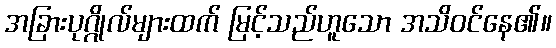
အခြားပုဂ္ဂိုလ်များထက် မြင့်သည်ဟူသော အသိဝင်နေ၏။